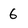
Character: 6